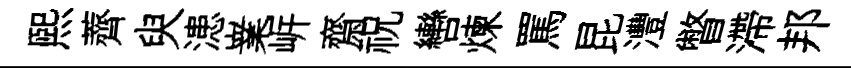
熙薺臾漶嶪㟁齋祝轡煉罵昆灃瞥滯邦